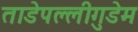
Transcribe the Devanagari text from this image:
ताडेपल्लीगुडेम